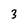
Character: 3